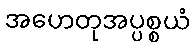
အဟေတုအပ္ပစ္စယံ